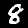
Label: 8